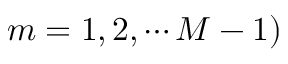
m = 1 , 2 , \cdots M - 1 )